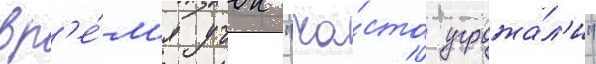
вр'е́м'я учок "ча́сто угрожа́л'и"